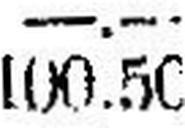
100.50